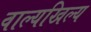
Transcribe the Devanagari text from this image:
वाल्यखिल्य